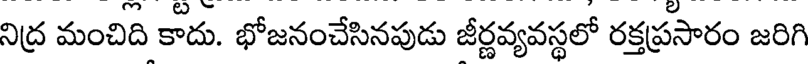
నిద్ర మంచిది కాదు. భోజనంచేసినపుడు జీర్ణవ్యవస్థలో రక్తప్రసారం జరిగి